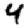
Digit: 4